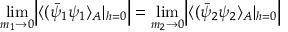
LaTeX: \operatorname * { l i m } _ { m _ { 1 } \rightarrow 0 } \Bigl | \langle ( \bar { \psi } _ { 1 } \psi _ { 1 } \rangle _ { A } | _ { h = 0 } \Bigr | = \operatorname * { l i m } _ { m _ { 2 } \rightarrow 0 } \Bigl | \langle ( \bar { \psi } _ { 2 } \psi _ { 2 } \rangle _ { A } | _ { h = 0 } \Bigr |